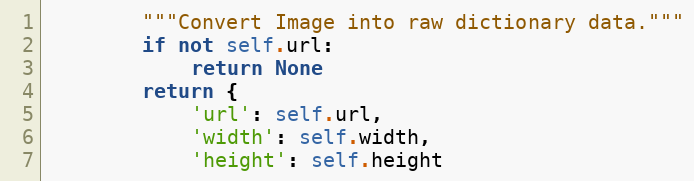
Language: Python
        """Convert Image into raw dictionary data."""
        if not self.url:
            return None
        return {
            'url': self.url,
            'width': self.width,
            'height': self.height